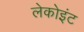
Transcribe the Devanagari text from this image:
लेकोइंट